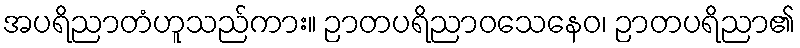
အပရိညာတံဟူသည်ကား။ ဉာတပရိညာဝသေနေဝ၊ ဉာတပရိညာ၏